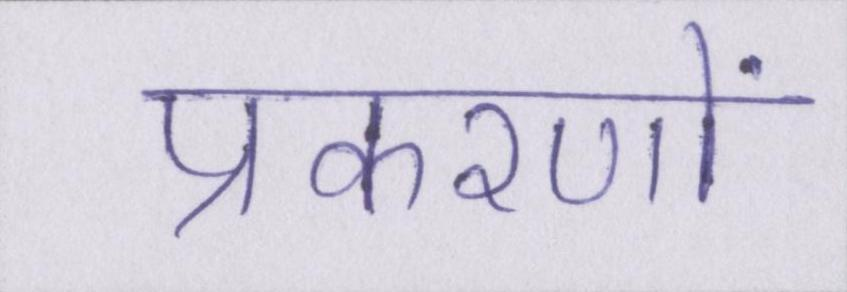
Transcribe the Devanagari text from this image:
प्रकरणों